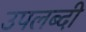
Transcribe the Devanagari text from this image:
उपलब्दी